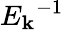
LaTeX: {E_{\mathbf{k}}}^{-1}